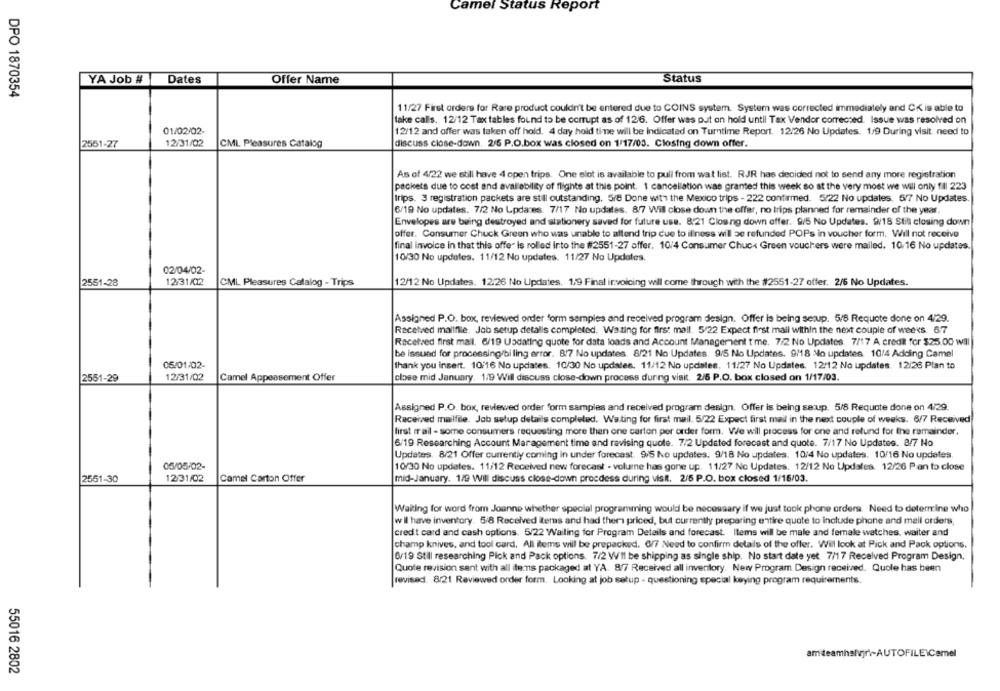
Camel Status Report
YA Job #
Dates
Offer Name
Status
DPO 1870354
11/27 First orders for Rare product couldn't be entered due to COINS system. System was corrected immediately and CK is able to
take calls. 12/12 Tax tables found to be corrupt as of 126. Offer was p.it on hold until Tax Vendor corrected. Issue was resolved on
01/02/02-
12/12 and offer was taken off hold. 4 day hold timme will be Indicated on Turntime Report. 12/26 No Updates. 1/9 During visit need to
2551-27
12/31/02
CML Pleasures Catalog
discuss close-down. 2/5 P.O.box was closed on 1/17/03. Closing down offer.
As of 4/22 we still have 4 open trips. One slot is available to pull from wat list. RJR has decided not to send any more registration
packets due to cost and availability of flighte at this point. 1 cancellation was granted this week so at the very most we will only fll 223
trips. 3 registration packets are still outstanding. 5/8 Done with the Mexico trips - 222 confirmed. 5/22 No updates. 57 No Updates.
6/19 No updates. 7/2 No Updates. 7/17 No updates. 8/7 Will close down the offer, no trips planned for remainder of the year.
Envelopes are being destroyed and stationery saved for future use. 8:21 Closing down offer. 9/5 No Updates. 9/18 Still closing down
offer. Consumer Chuck Green who was unable to attend trip due to iliness will be refunded POPs in voucher form. Will not receive
final invoice in that this offe" is rolled into the #2551-27 offer. 10/4 Consumer Chuc Green vouchers were mailed. 10/16 No updates.
10/30 No updates. 11/12 No updates. 11/27 No Updates.
02/04/02-
2551-28
12/31/02
CML Pleasures Catalog - Trips
12/12 No Updates. 12/26 No Updates, 1,9 Final invoicing will come through with the #2551-27 offer. 2/5 No Updates.
Assigned P.O. box, reviewed order form samples and received program design. Offer is being sesup. 5/8 Requote done on 4/29.
Received mailfile. Job setup detallis completed. Waiting for first mall. 5/22 Expect first mail Within the next couple of weeks. 67
Racetved first mail. 6/19 Usdating quote for data loads and Account Managerment t me. 7/2 No Updates. 7/17 A credit for $25.00 will
be issued for processing/biling error. 8/7 No updates. 8/21 No Updates. 9/5 No Updates. 9/18 No updates 10/4 Adding Camel
05/01/02-
thank you insert. 10/16 No updates. 10/30 No updates. 11/12 No updates, 11/27 No Updates. 12/12 No updates. 12/26 Plan to
2551-29
12/31/02
Camel Appeasement Offer
close mid January. 1/9 Will discuss close-down process during visit. 2/5 P.O. box closed on 1/17/03.
Assigned P.O. box, reviewed order form samples and received program design. Offer is being setup. 5/8 Requote done on 4/29.
Received mailfile. Job setup details completed. Waiting for first mail. 5/22 Expect first mail in the next couple of weeks. 6/7 Received
first frail - some consumers requesting more then one carton per order form. We will process for one and refund for the remainder.
6/19 Researching Account Maragement time and revising quote. 7/2 Updated forecast and quote. 7/17 No Updates. 8/7 No
Updates. 8/21 Offer currently coming in under forecast. 9/5 No updates. 9/18 No updates. 10/4 No updates, 10/16 No updates.
06/05/02-
10/30 No updates. 11/12 Received new forecast - volume has gone up. 11/27 No Updates. 12/12 No Updates. 12/26 Pan to close
2551-30
12/31/02
Camel Carton Offer
mid-January. 1/9 Will discuss close-down procdess during visit. 2/5 P.O. box closed 1/15/03.
Waiting for word from Joanne whether special programming would be necessary if we just took phone orders. Need to determine who
w Il have inventory. 5/8 Received items and had them priced, but currently preparing entire quote to include phone and mail orders
credit card and cash options. 5/22 Wailing for Program Details and forecast. Items will be male and female watches, waiter and
champ knives, and tool card. All items will be prepacked. 6/7 Need to confirm details of the offer. Will look at Pick and Pack options.
6/19 Still researching Pick and Pack options. 7/2 WIl be shipping as single ship. No start date yet 7/17 Received Program Design,
Quote revision sent with all items packaged at YA. 8/7 Received all inventory. Nery Program Design received. Quole has been
revised. 8/21 Reviewed order form. Looking at job setup - questioning special keying program requirements.
amiteamhalvjr .- AUTOFILE\Camel
55016 2802